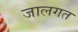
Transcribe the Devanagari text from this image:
जालगत